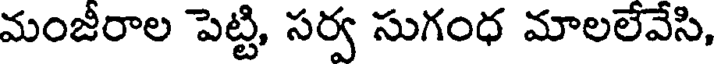
మంజీరాల పెట్టి, సర్వ సుగంధ మాలలేవేసి,